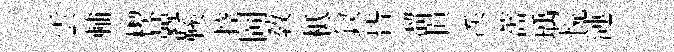
雲輔楔兢鞵控岡敎柢釵皆溜損涘薔瑀恱漣